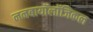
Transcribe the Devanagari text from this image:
ननबायाॅलाॅजिकल